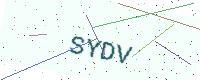
Text: SYDV